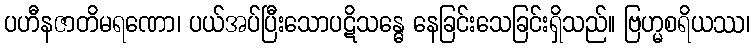
ပဟီနဇာတိမရဏော၊ ပယ်အပ်ပြီးသောပဋိသန္ဓေ နေခြင်းသေခြင်းရှိသည်။ ဗြဟ္မစရိယဿ၊